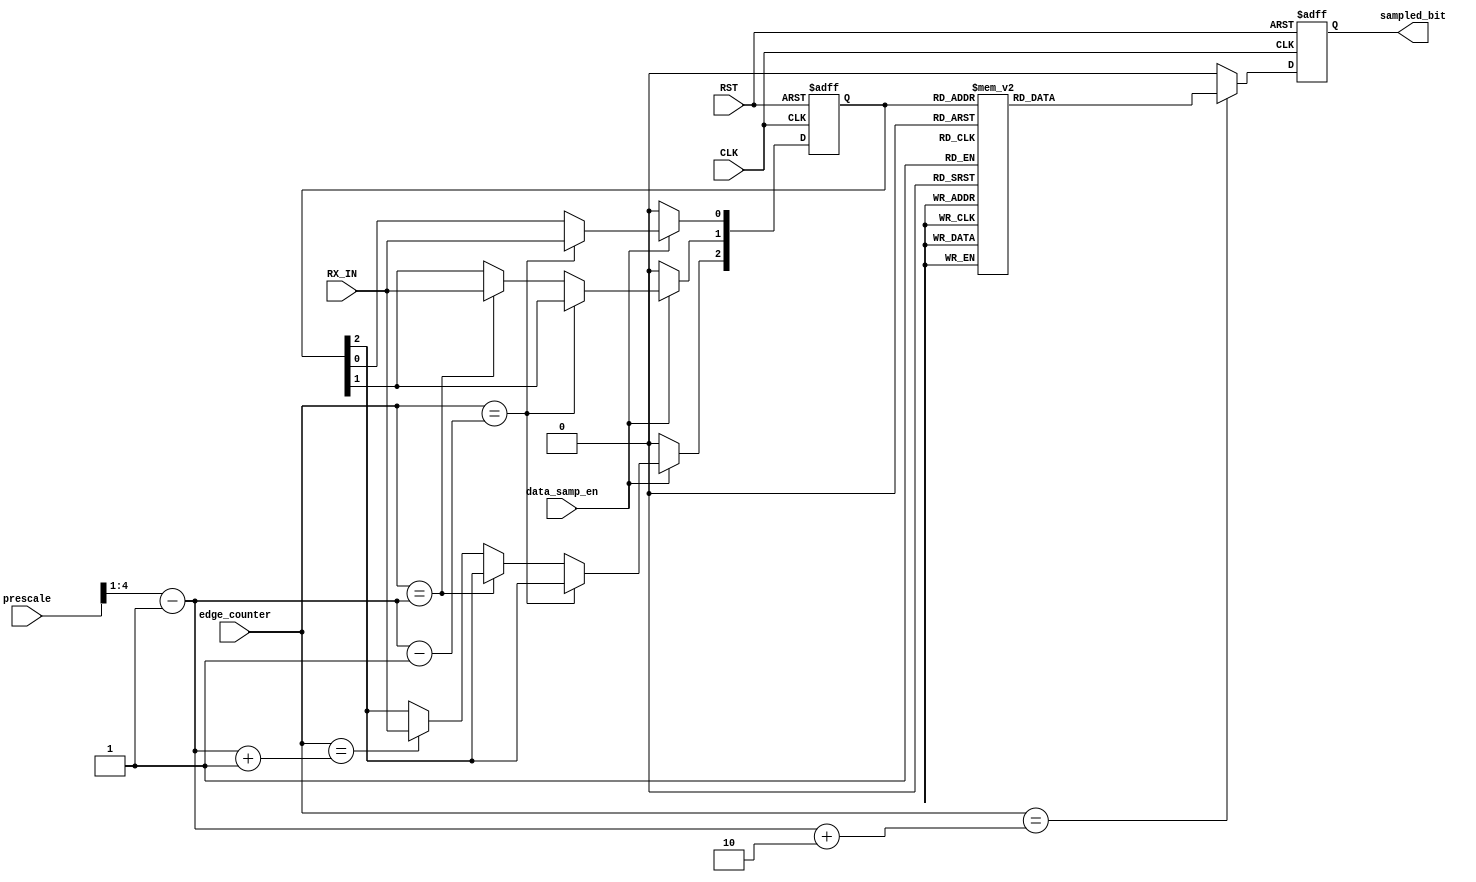
module DATA_SAMPLING (
	input wire  [4:0] prescale ,
    input wire          data_samp_en ,
    input wire          RX_IN ,
	input wire [4:0] edge_counter ,
    input wire          CLK , RST ,
    output reg          sampled_bit
);
reg [2:0] samples ;

wire [3:0]    half_edges ,
              half_edges_p1 ,
			  half_edges_p2 ,
			  half_edges_n1 ;


assign 	half_edges =  (prescale >> 1) - 'b1;
assign 	half_edges_p1 =  half_edges + 'b1 ;
assign 	half_edges_p2 =  half_edges + 'd2 ;
assign 	half_edges_n1 =  half_edges - 'b1 ;



always @(posedge CLK or negedge RST ) begin
    if(!RST)
   begin
    samples <= 'b0 ;
   end
  else 
   begin
    if(data_samp_en) 
	 begin
	  if(edge_counter == half_edges_n1)
       begin
        samples[0] <= RX_IN ;
       end	
      else if(edge_counter == half_edges)
       begin
        samples[1] <= RX_IN ;
       end	
      else if(edge_counter == half_edges_p1)
       begin
        samples[2] <= RX_IN ;
       end
     end
    else
     begin
      samples <= 'b0 ;
     end 
   end	 
end


//isolate
always @(posedge CLK or negedge RST ) begin
    if (!RST) begin
    sampled_bit <= 'b0 ;
   end
  else
   begin
    if(edge_counter == half_edges_p2) 
	 begin
      case (samples)
      3'b000 : begin
                sampled_bit <= 1'b0 ;
               end	
      3'b001 : begin
                sampled_bit <= 1'b0 ;
               end
      3'b010 : begin
                sampled_bit <= 1'b0 ;
               end	
      3'b011 : begin
                sampled_bit <= 1'b1 ;
               end	
      3'b100 : begin
                sampled_bit <= 1'b0 ;
               end
      3'b101 : begin
                sampled_bit <= 1'b1 ;
               end	
      3'b110 : begin
                sampled_bit <= 1'b1 ;
               end
      3'b111 : begin
                sampled_bit <= 1'b1 ;
               end
      endcase
     end
    else
     begin
       sampled_bit <= 1'b0 ;
     end	 
   end
end

    
endmodule